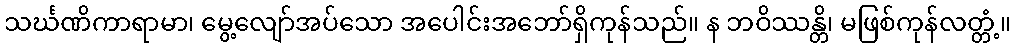
သင်္ဃဏိကာရာမာ၊ မွေ့လျော်အပ်သော အပေါင်းအဘော်ရှိကုန်သည်။ န ဘဝိဿန္တိ၊ မဖြစ်ကုန်လတ္တံ့။